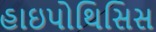
હાઇપોથિસિસ